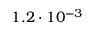
1 . 2 \cdot 1 0 ^ { - 3 }